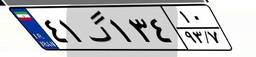
۴۱گ۱۳۴۱۰